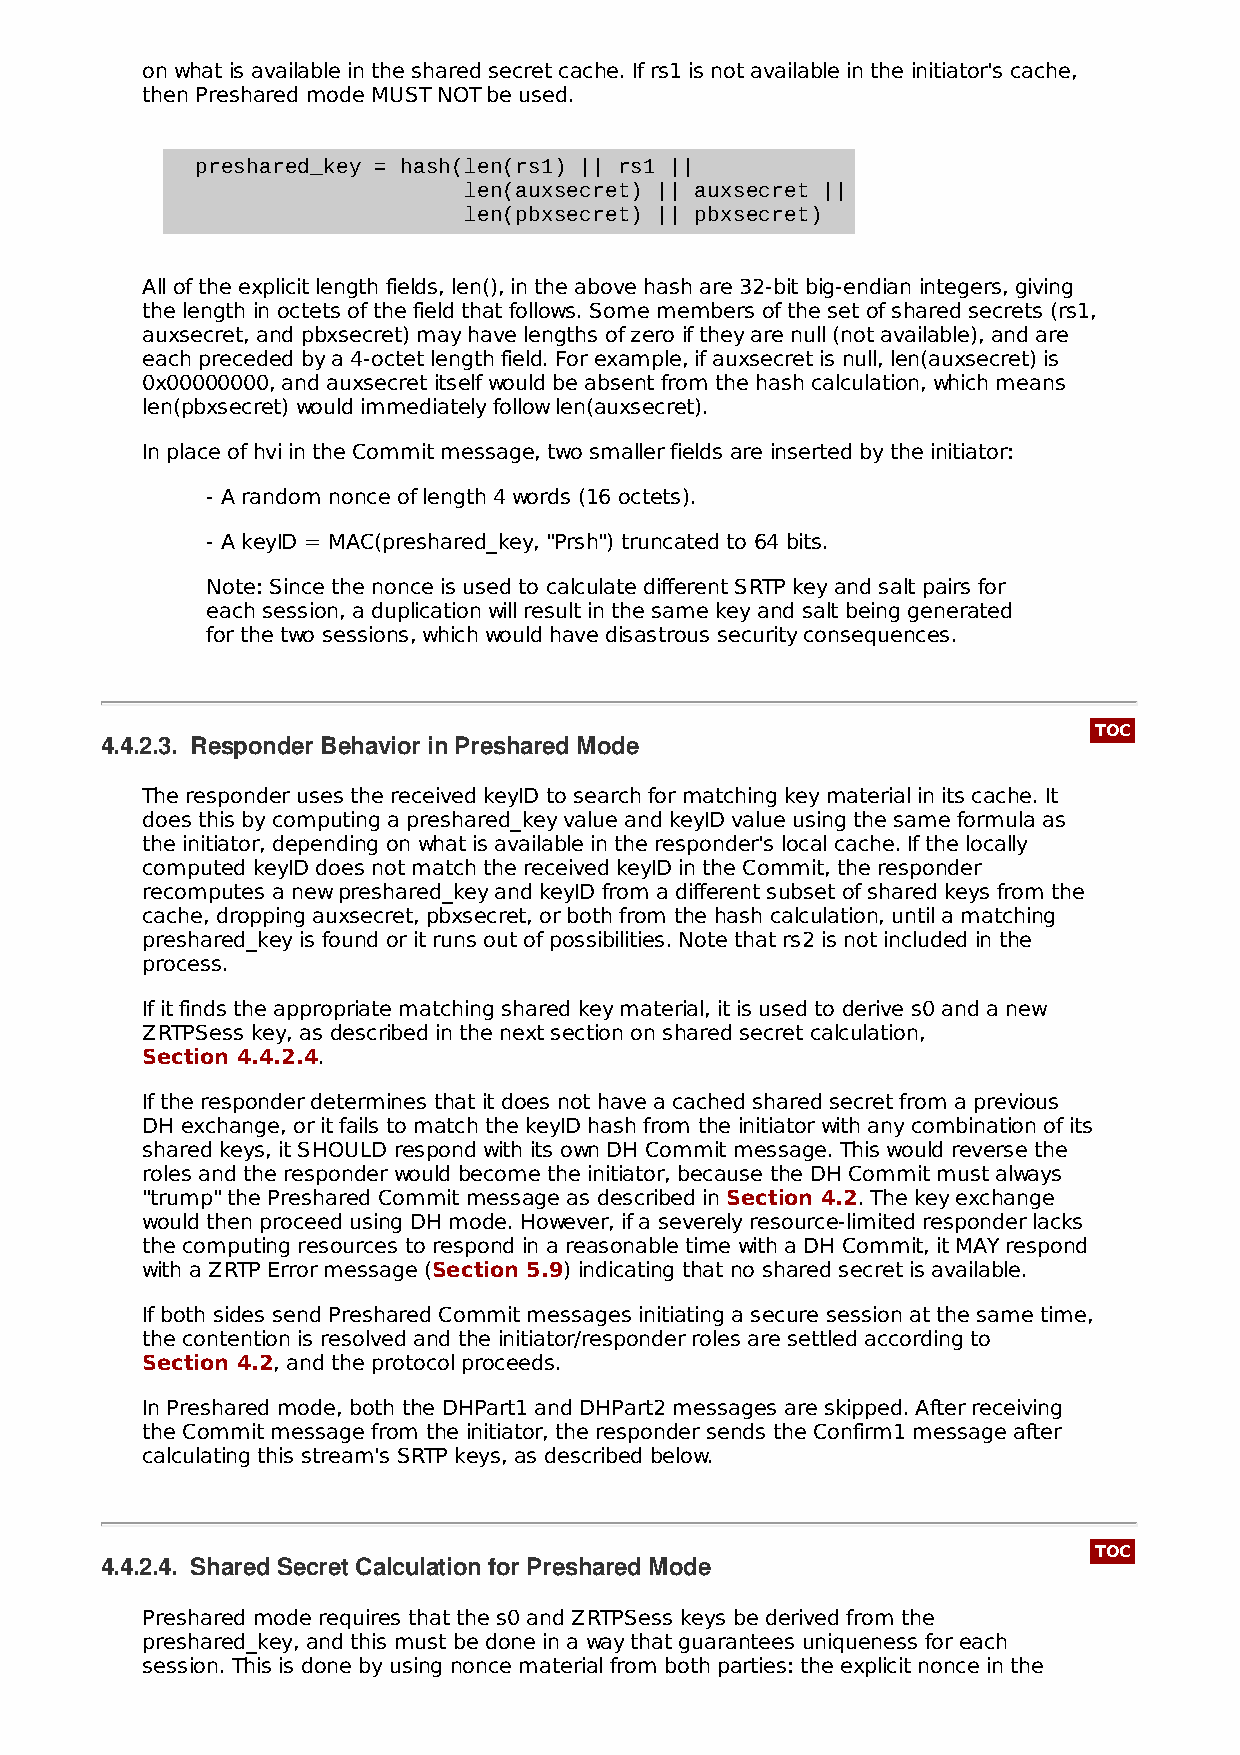
on what is available in the shared secret cache. If rs1 is not available in the initiator's cache,
 then Preshared mode MUST NOT be used.
 preshared_key = hash(len(rs1) || rs1 ||
 len(auxsecret) || auxsecret ||
 len(pbxsecret) || pbxsecret)
 All of the explicit length fields, len(), in the above hash are 32-bit big-endian integers, giving
 the length in octets of the field that follows. Some members of the set of shared secrets (rs1,
 auxsecret, and pbxsecret) may have lengths of zero if they are null (not available), and are
 each preceded by a 4-octet length field. For example, if auxsecret is null, len(auxsecret) is
 0x00000000, and auxsecret itself would be absent from the hash calculation, which means
 len(pbxsecret) would immediately follow len(auxsecret).
 In place of hvi in the Commit message, two smaller fields are inserted by the initiator:
 - A random nonce of length 4 words (16 octets).
 - A keyID = MAC(preshared_key, "Prsh") truncated to 64 bits.
 Note: Since the nonce is used to calculate different SRTP key and salt pairs for
 each session, a duplication will result in the same key and salt being generated
 for the two sessions, which would have disastrous security consequences.
 TOC
 4.4.2.3. Responder Behavior in Preshared Mode
 The responder uses the received keyID to search for matching key material in its cache. It
 does this by computing a preshared_key value and keyID value using the same formula as
 the initiator, depending on what is available in the responder's local cache. If the locally
 computed keyID does not match the received keyID in the Commit, the responder
 recomputes a new preshared_key and keyID from a different subset of shared keys from the
 cache, dropping auxsecret, pbxsecret, or both from the hash calculation, until a matching
 preshared_key is found or it runs out of possibilities. Note that rs2 is not included in the
 process.
 If it finds the appropriate matching shared key material, it is used to derive s0 and a new
 ZRTPSess key, as described in the next section on shared secret calculation,
 Section 4.4.2.4.
 If the responder determines that it does not have a cached shared secret from a previous
 DH exchange, or it fails to match the keyID hash from the initiator with any combination of its
 shared keys, it SHOULD respond with its own DH Commit message. This would reverse the
 roles and the responder would become the initiator, because the DH Commit must always
 "trump" the Preshared Commit message as described in Section 4.2. The key exchange
 would then proceed using DH mode. However, if a severely resource-limited responder lacks
 the computing resources to respond in a reasonable time with a DH Commit, it MAY respond
 with a ZRTP Error message (Section 5.9) indicating that no shared secret is available.
 If both sides send Preshared Commit messages initiating a secure session at the same time,
 the contention is resolved and the initiator/responder roles are settled according to
 Section 4.2, and the protocol proceeds.
 In Preshared mode, both the DHPart1 and DHPart2 messages are skipped. After receiving
 the Commit message from the initiator, the responder sends the Confirm1 message after
 calculating this stream's SRTP keys, as described below.
 TOC
 4.4.2.4. Shared Secret Calculation for Preshared Mode
 Preshared mode requires that the s0 and ZRTPSess keys be derived from the
 preshared_key, and this must be done in a way that guarantees uniqueness for each
 session. This is done by using nonce material from both parties: the explicit nonce in the